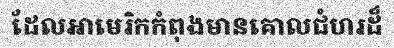
ដែលអាមេរិកកំពុងមានគោលជំហរដ៏